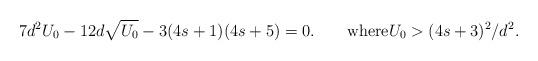
LaTeX: \begin{align*}7 d^2 U_0-12 d \sqrt{U_0}-3(4s+1)(4s+5)=0.\qquad\mbox{where}U_0>(4s+3)^2/d^2.\end{align*}